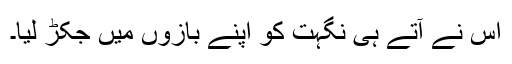
اس نے آتے ہی نگہت کو اپنے بازوں میں جکڑ لیا۔